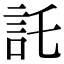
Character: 託